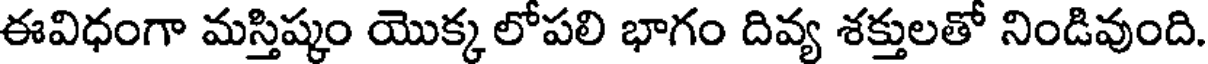
ఈవిధంగా మస్తిష్కం యొక్క లోపలి భాగం దివ్య శక్తులతో నిండివుంది.